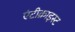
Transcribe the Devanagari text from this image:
एंटीक्राइस्ट